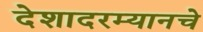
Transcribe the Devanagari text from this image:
देशादरम्यानचे